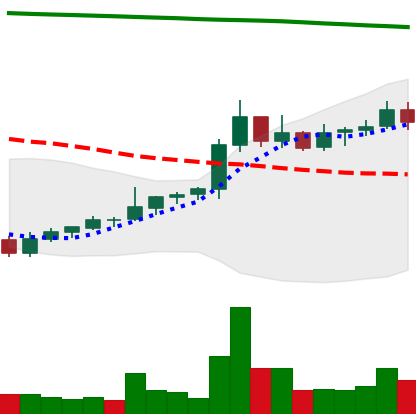
Ticker: NEO-USD
Chart end date: 2021-08-08
Forward return: 23.316%
Label: up_7plus